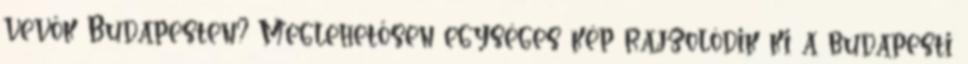
vevők Budapesten? Meglehetősen egységes kép rajzolódik ki a budapesti